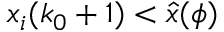
x _ { i } ( k _ { 0 } + 1 ) < \hat { x } ( \phi )